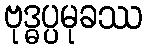
ဗုဒ္ဓပ္ပမုခဿ